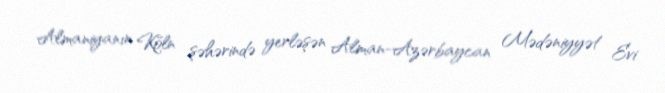
Almaniyanın Köln şəhərində yerləşən Alman-Azərbaycan Mədəniyyət Evi